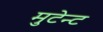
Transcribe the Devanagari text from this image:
मुटेन्ट